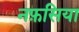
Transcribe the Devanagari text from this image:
नफ़सिया